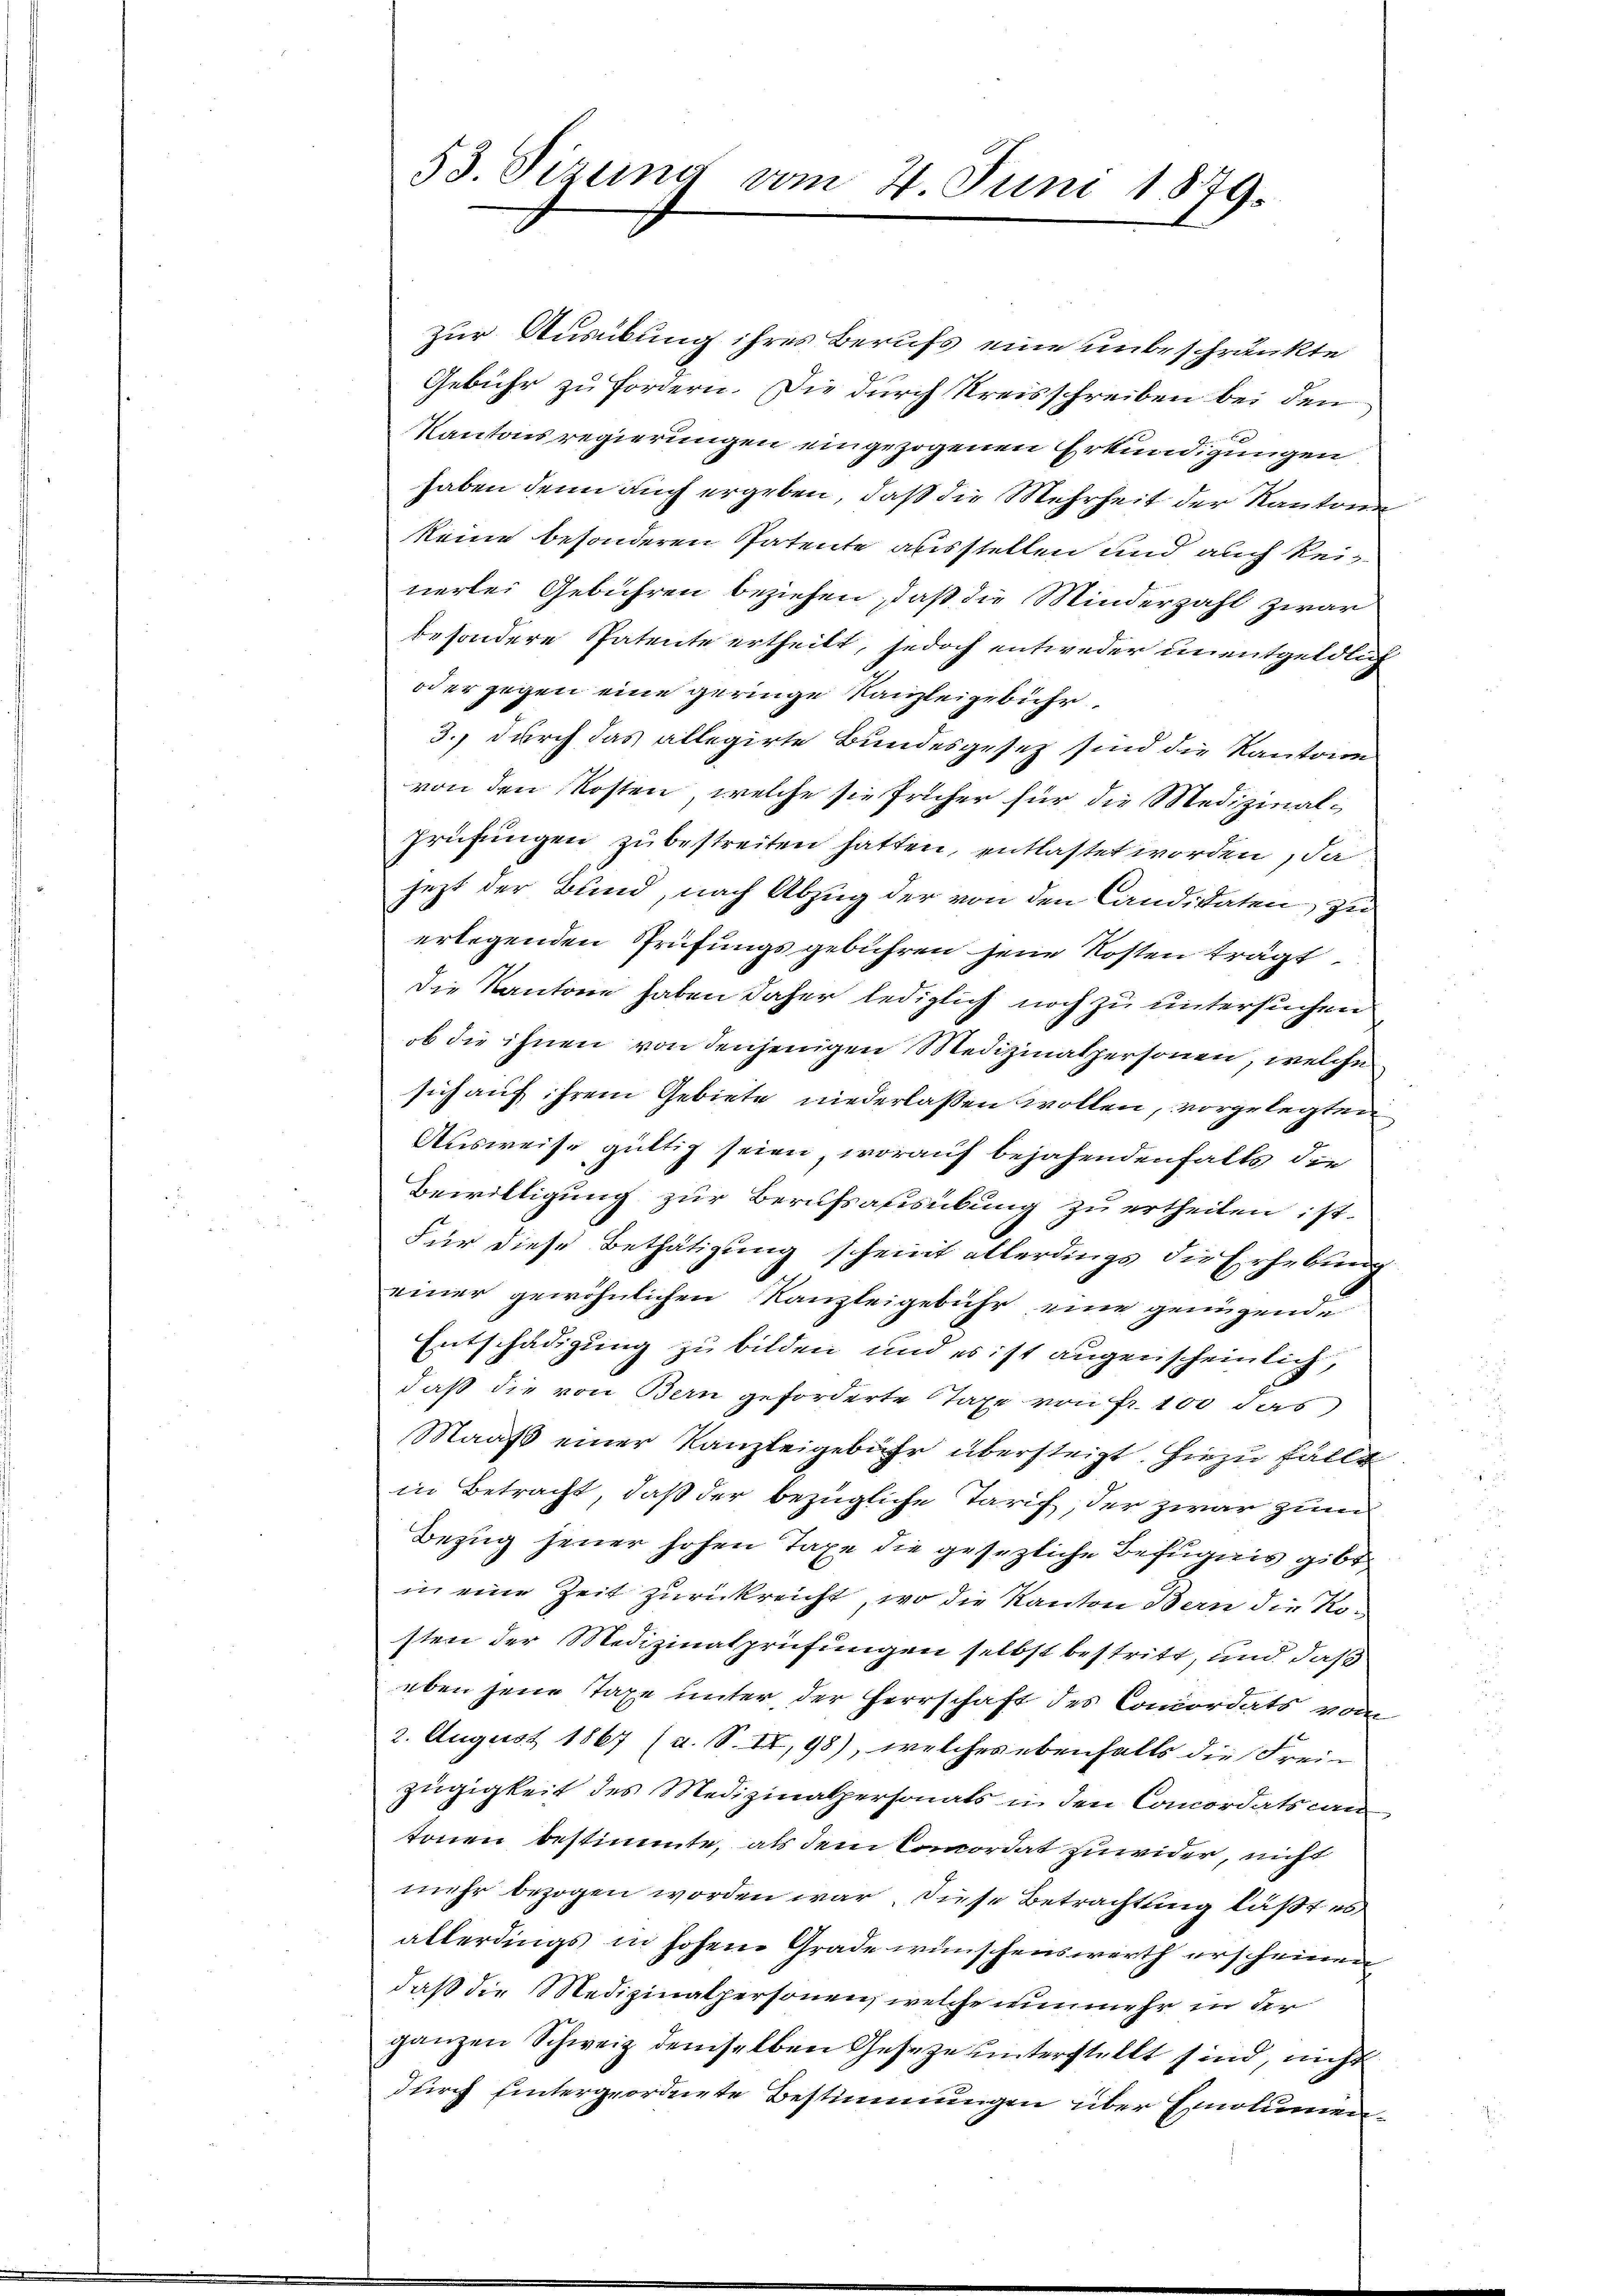
53. Sizung vom 4. Juni 1879.

zur Ausübung ihres Berufs eine unbeschränkte
Gebühr zu fordern. Die durch Kreisschreiben bei den
Kantonsregierungen eingezogenen Erkundigungen
haben denn auch ergeben, daß die Mehrheit der Kantone
keine besonderen Patente absstellen und auch keinerlei Gebühren beziehen, daß die Minderzahl zwar
besondere Patente ertheilt, jedoch entweder unentgeldlich
oder gegen eine geringe Kanzleigebühr
3., durch das allegirte Bundesgesetz sind die Kantone
von den Kosten, welche sie früher für die Medizinal¬
Prüfungen zu bestreiten hatten, entlastet worden, da
jezt der Bund, nach Abzug der von den Candidaten, zu
erlegenden Prüfungsgebühren jene Kosten trägt
Die Kantone haben daher lediglich noch zu untersuchen
ob die ihnen von denjenigen Medizinalpersonen, welche
sich auf ihrem Gebiete niederlassen wollen, vorgelegten
Ausweise gültig seien, worauf bejahendenfalls die
Bewilligung zur Berufsausübung zu ertheilen ist.
Für diese Bethätigung scheint allerdings die Erhebung
einer gewöhnlichen Kanzleigebühr eine genügende
Entschädigung zu bilden, und es ist augenscheinlich,
daß die von Bern geforderte Taxe von Fr. 100 das
Maaß einer Kanzleigebühr übersteigt. Hiezu fällt
in Betracht, daß der bezügliche Tarif, der zwar zum
Bezug jener hohen Taxe die gesezliche Befugnis gibt
in eine Zeit zurückreicht, wo die Kanton Bern die Kosten der Medizinalprüfungen selbst bestritt, und daß
eben jene Taxe unter, der Herrschaft des Concordats vom
2. August 1867 (a. S. IX, 98), welches ebenfalls die Frei-
zügigkeit des Medizinalpersonats in den Concordatscan
tonen bestimmte, als dem Commordat zuwider, nicht
mehr bezogen worden war, diese Betrachtung läßt es
allerdings in hohen Grade wünschenswerth erscheinen
daß die Medizinalpersonen, welche nunmehr in der
ganzen Schweiz demselben Geseze unterstellt sind, nicht
durch untergeordnete Bestimmungen über Emolumen¬